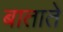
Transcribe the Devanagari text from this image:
बाताते